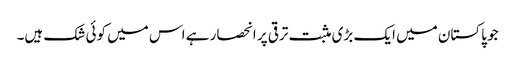
جو پاکستان میں ایک بڑی مثبت ترقی پر انحصار ہے اس میں کوئی شک ہیں۔